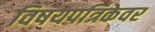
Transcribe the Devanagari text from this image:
विषयपत्रिकेवर